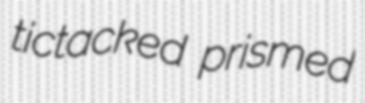
tictacked prismed